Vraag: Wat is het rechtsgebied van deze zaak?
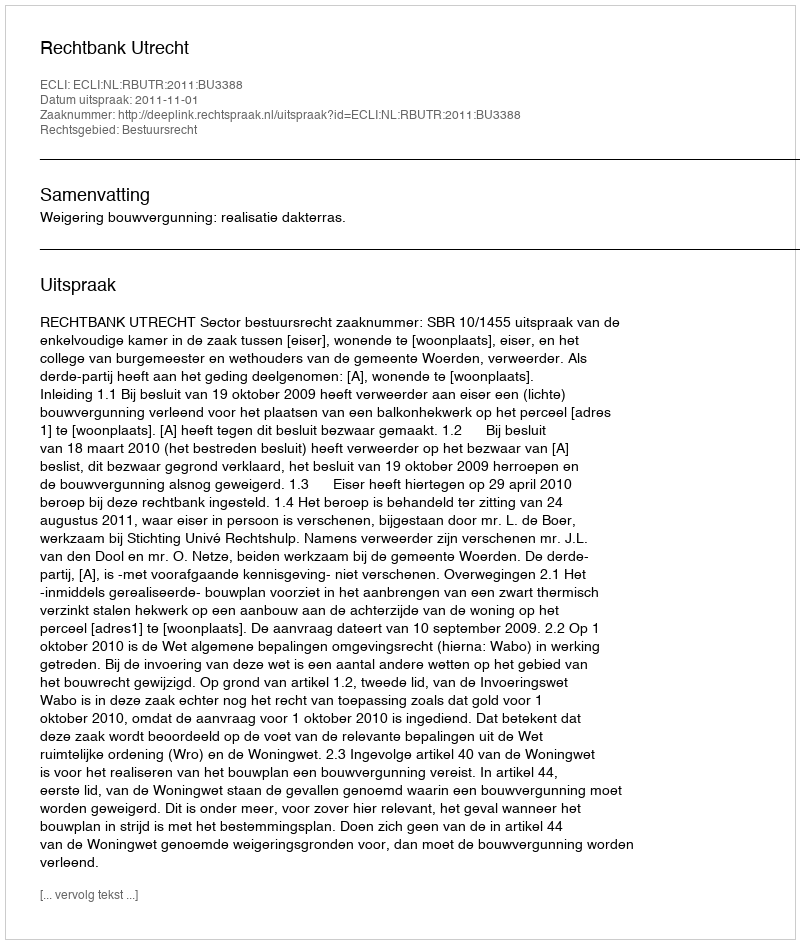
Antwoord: Bestuursrecht